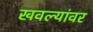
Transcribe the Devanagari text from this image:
खवल्यांवर